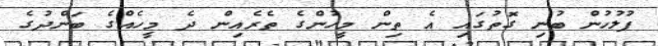
ފުލުހުން ބުނި ގޮތުގައި އެ ތިން މީހުންގެ ތެރެއިން ދެ މީހެއްގެ ބަންދުގެ